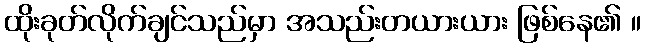
ထိုးခုတ်လိုက်ချင်သည်မှာ အသည်းတယားယား ဖြစ်နေ၏ ။